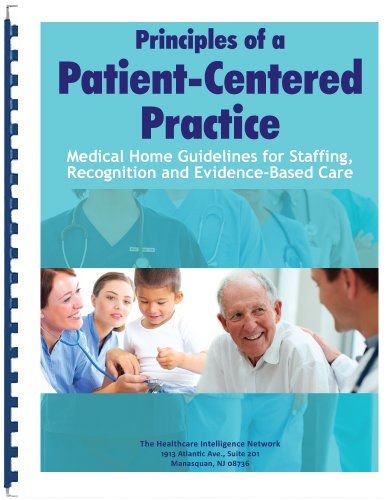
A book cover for Principles of a Patient-Centered Practice: Medical Home Guidelines for Staffing, Recognition and Evidence-Based Care; Richard Baron MD; Medical Books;